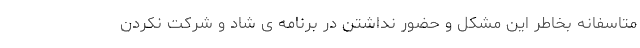
متاسفانه بخاطر این مشکل و حضور نداشتن در برنامه ی شاد و شرکت نکردن